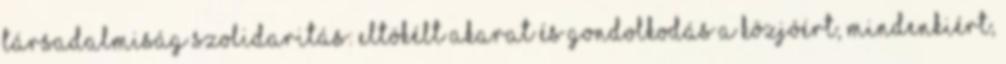
társadalmiság szolidaritás: eltökélt akarat és gondolkodás a közjóért, mindenkiért,